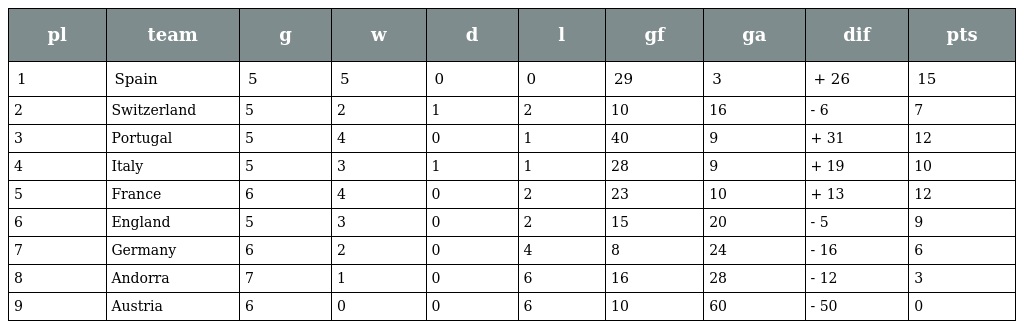
| pl | team | g | w | d | l | gf | ga | dif | pts |
 | --- | --- | --- | --- | --- | --- | --- | --- | --- | --- |
 | 1 | Spain | 5 | 5 | 0 | 0 | 29 | 3 | + 26 | 15 |
 | 2 | Switzerland | 5 | 2 | 1 | 2 | 10 | 16 | - 6 | 7 |
 | 3 | Portugal | 5 | 4 | 0 | 1 | 40 | 9 | + 31 | 12 |
 | 4 | Italy | 5 | 3 | 1 | 1 | 28 | 9 | + 19 | 10 |
 | 5 | France | 6 | 4 | 0 | 2 | 23 | 10 | + 13 | 12 |
 | 6 | England | 5 | 3 | 0 | 2 | 15 | 20 | - 5 | 9 |
 | 7 | Germany | 6 | 2 | 0 | 4 | 8 | 24 | - 16 | 6 |
 | 8 | Andorra | 7 | 1 | 0 | 6 | 16 | 28 | - 12 | 3 |
 | 9 | Austria | 6 | 0 | 0 | 6 | 10 | 60 | - 50 | 0 |